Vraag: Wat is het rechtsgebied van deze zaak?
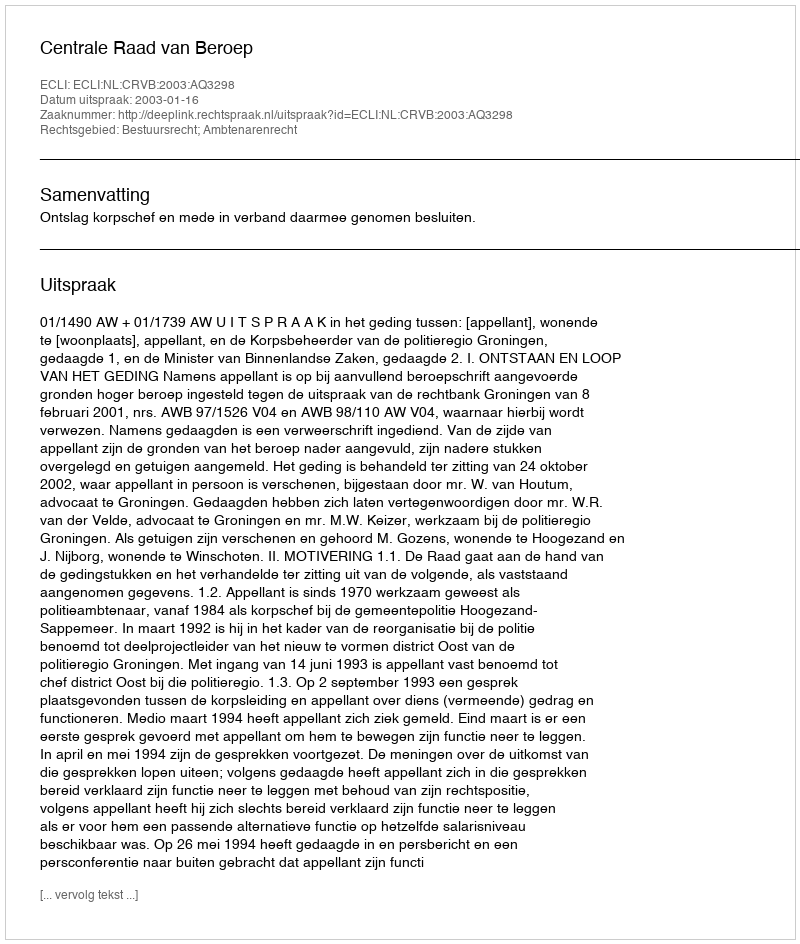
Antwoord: Bestuursrecht; Ambtenarenrecht